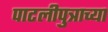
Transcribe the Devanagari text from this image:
पाटलीपुत्राच्या